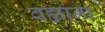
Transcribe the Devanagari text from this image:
वह्यांना